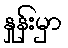
နှုန်းမှာ